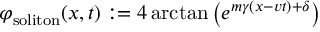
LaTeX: \varphi _ { \mathrm { s o l i t o n } } ( x , t ) : = 4 \arctan \left( e ^ { m \gamma ( x - v t ) + \delta } \right)